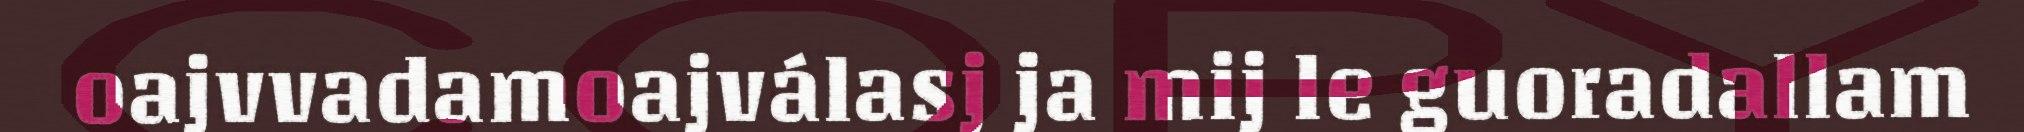
oajvvadamoajválasj ja mij le guoradallam